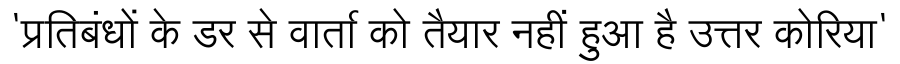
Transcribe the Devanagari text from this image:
'प्रतिबंधों के डर से वार्ता को तैयार नहीं हुआ है उत्तर कोरिया'